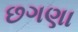
છગણા